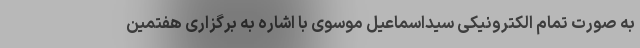
به صورت تمام الکترونیکی سیداسماعیل موسوی با اشاره به برگزاری هفتمین